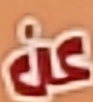
عن